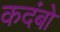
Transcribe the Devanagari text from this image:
कदंबो